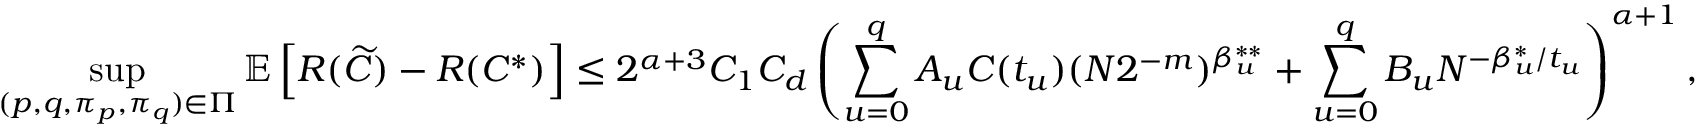
\operatorname* { s u p } _ { ( p , q , \pi _ { p } , \pi _ { q } ) \in \Pi } \mathbb { E } \left[ R ( { \widetilde { C } } ) - R ( C ^ { \ast } ) \right] \leq 2 ^ { \alpha + 3 } C _ { 1 } C _ { d } \left( \sum _ { u = 0 } ^ { q } A _ { u } C ( t _ { u } ) ( N 2 ^ { - m } ) ^ { \beta _ { u } ^ { \ast \ast } } + \sum _ { u = 0 } ^ { q } B _ { u } N ^ { - \beta _ { u } ^ { \ast } / t _ { u } } \right) ^ { \alpha + 1 } ,